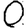
Digit: 0